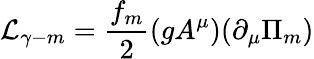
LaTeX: {\cal L}_{\gamma-m}={\frac{f_{m}}{2}}(gA^{\mu})(\partial_{\mu}\Pi_{m})